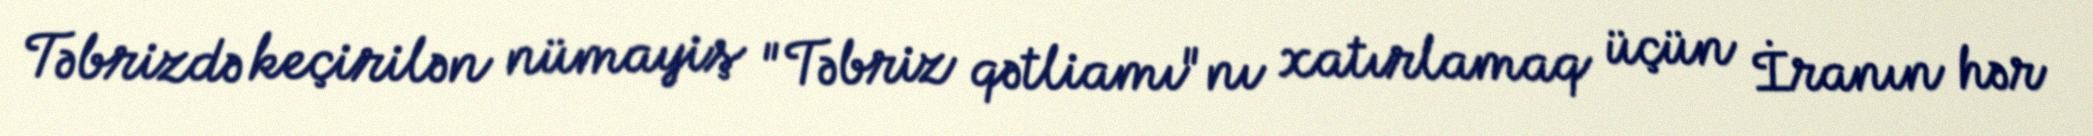
Təbrizdə keçirilən nümayiş "Təbriz qətliamı"nı xatırlamaq üçün İranın hər